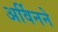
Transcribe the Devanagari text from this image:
अर्विनने